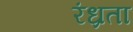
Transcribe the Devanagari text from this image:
रंध्रता